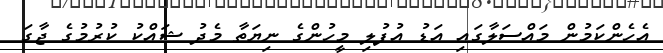
އެހެންކަމުން މައްސަލާގައި އަޑު އުފުލި މީހުންގެ ނިޔަތާ މެދު ޝައްކު ކުރުމުގެ ޖާގަ